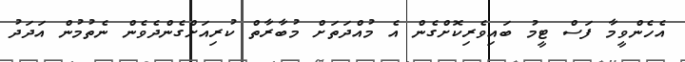
އެހެންވީމާ ފަސް ޓީމު ބައިވެރިކޮށްގެން އެ މުއްދަތަށް މުބާރާތް ކުރިއަށްގެންދެވެން ނެތުމުން އަދަދު